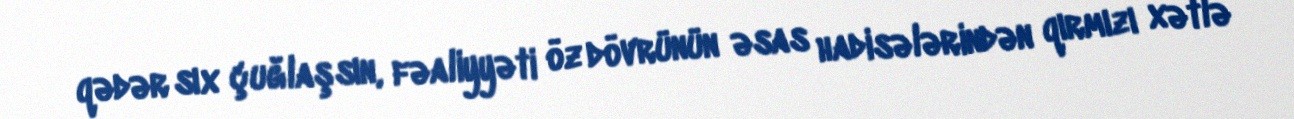
qədər sıx çuğlaşsın, fəaliyyəti öz dövrünün əsas hadisələrindən qırmızı xətlə